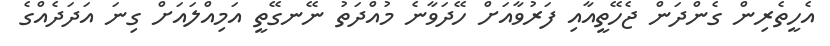
އެހީތެރިން ގެންދަން ޖެހޭތީއާއި ފަރުވާއަށް ހޭދަވާނެ މުއްދަތު ނޭނގޭތީ އަމިއްލައަށް ގިނަ އަދަދެއްގެ